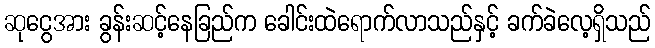
ဆုငွေအား ခွန်းဆင့်နေခြည်က ခေါင်းထဲရောက်လာသည်နှင့် ခက်ခဲလေ့ရှိသည်